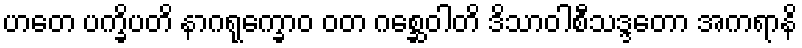
ဟတေ ပက္ခိပတိ နာဂရုက္ခောဝ ဝတ ဂစ္ဆေဝါတိ ဒိသာဝါစီသဒ္ဒတော အကရာနိ